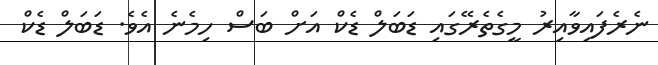
ނެރެފައިވާއިރު މީގެތެރޭގައި ޑަބަލް ޑެކް އަށް ބަސް ހިމެނެ އެވެ. ޑަބަލް ޑެކް